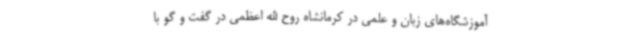
آموزشگاه‌های زبان و علمی در کرمانشاه روح الله اعظمی در گفت و گو با